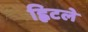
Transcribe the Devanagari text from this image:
ह्विटले